Vaccination report Assam 1896-1927 - 1896-1927
Year: 1896
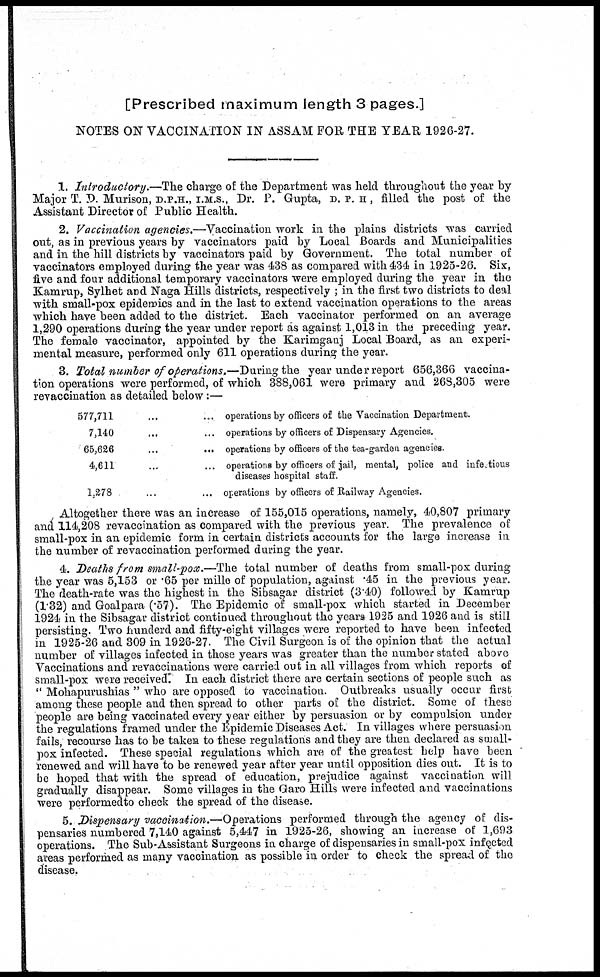
[Prescribed maximum length 3 pages.]
NOTES ON VACCINATION IN ASSAM FOR, THE YEAR 1926-27.
1. Introductory.—The charge of the Department was held throughout the year by
Major T. D. Murison, D.P.H., I.M.S., Dr. P. Gupta, D. P. H , filled the post of the
Assistant Director of Public Health.
2. Vaccination agencies.—Vaccination work in the plains districts was carried
out, as in previous years by vaccinators paid by Local Boards and Municipalities
and in the hill districts by vaccinators paid by Government. The total number of
vaccinators employed during the year was 438 as compared with 434 in 1925-26. Six,
five and four additional temporary vaccinators were employed during the year in the
Kamrup, Sylhet and Naga Hills districts, respectively ; in the first two districts to deal
with small-pox epidemics and in the last to extend vaccination operations to the areas
which have been added to the district. Each vaccinator performed on an average
1,290 operations during the year under report as against 1,013 in the preceding year.
The female vaccinator, appointed by the Karimganj Local Board, as an experi-
mental measure, performed only 611 operations during the year.
3. Total number of operations.— During the year under report 656,366 vaccina-
tion operations were performed, of which 388,061 were primary and 268,305 were
revaccination as detailed below:—
577,711
...
... operations by officers of the Vaccination Department.
7,140
...
... operations by officers of Dispensary Agencies.
65,626
...
... operations by officers of the tea-garden agencies.
4,611
...
... operations by officers of jail, mental, police and infectious
diseases hospital staff.
1.278
...
... operations by officers of Railway Agencies.
Altogether there was an increase of 155,015 operations, namely, 40,807 primary
and 114,208 revaccination as compared with the previous year. The prevalence of
small-pox in an epidemic form in certain districts accounts for the large increase in
the number of revaccination performed during the year.
4. Deaths from small-pox.—The total number of deaths from small-pox during
the year was 5,153 or .65 per mille of population, against .45 in the previous year.
The death-rate was the highest in the Sibsagar district (3.40) followed by Kamrup
(1.32) and Goalpara (.57). The Epidemic of small-pox which started in December
1924 in the Sibsagar district continued throughout the years 1925 and 1926 and is still
persisting. Two hunderd and fifty-eight villages were reported to have been infected
in 1925-26 and 309 in 1926-27. The Civil Surgeon is of the opinion that the actual
number of villages infected in those years was greater than the number stated above
Vaccinations and revaccinations were carried out in all villages from which reports of
small-pox were received. In each district there are certain sections of people such as
" Mohapurushias " who are opposed to vaccination. Outbreaks usually occur first
among these people and then spread to other parts of the district. Some of these
people are being vaccinated every year either by persuasion or by compulsion under
the regulations framed under the Epidemic Diseases Act. In villages where persuasion
fails, recourse has to be taken to these regulations and they are then declared as small-
pox infected. These special regulations which are of the greatest help have been
renewed and will have to be renewed year after year until opposition dies out. It is to
be hoped that with the spread of education, prejudice against vaccination will
gradually disappear. Some villages in the Garo Hills were infected and vaccinations
were performedto check the spread of the disease.
5. Dispensary vaccination.—Operations performed through the agency of dis-
pensaries numbered 7,140 against 5,447 in 1925-26, showing an increase of 1,693
operations. The Sub-Assistant Surgeons in charge of dispensaries in small-pox infected
areas performed as many vaccination as possible in order to check the spread of the
disease.